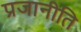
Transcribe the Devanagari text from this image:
प्रजानीति